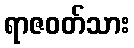
ရာဇဝတ်သား